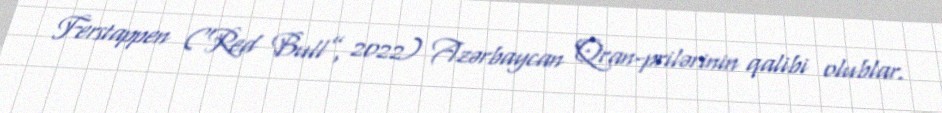
Ferstappen (“Red Bull”, 2022) Azərbaycan Qran-prilərinin qalibi olublar.